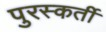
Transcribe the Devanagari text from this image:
पुरस्कर्ती